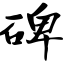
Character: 碑